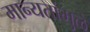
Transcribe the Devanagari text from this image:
मान्यतांमुळे